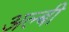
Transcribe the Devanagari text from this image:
अल्बी